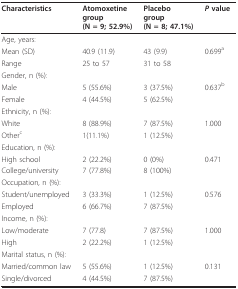
<table><thead><tr><td><b>Characteristics</b></td><td><b>Atomoxetine group (N = 9; 52.9%)</b></td><td><b>Placebo group (N = 8; 47.1%)</b></td><td><b><i>P </i>value</b></td></tr></thead><tbody><tr><td>Age, years:</td><td></td><td></td><td></td></tr><tr><td>Mean (SD)</td><td>40.9 (11.9)</td><td>43 (9.9)</td><td>0.699<sup>a</sup></td></tr><tr><td>Range</td><td>25 to 57</td><td>31 to 58</td><td></td></tr><tr><td>Gender, n (%):</td><td></td><td></td><td></td></tr><tr><td>Male</td><td>5 (55.6%)</td><td>3 (37.5%)</td><td>0.637<sup>b</sup></td></tr><tr><td>Female</td><td>4 (44.5%)</td><td>5 (62.5%)</td><td></td></tr><tr><td>Ethnicity, n (%):</td><td></td><td></td><td></td></tr><tr><td>White</td><td>8 (88.9%)</td><td>7 (87.5%)</td><td>1.000</td></tr><tr><td>Other<sup>c</sup></td><td>1(11.1%)</td><td>1 (12.5%)</td><td></td></tr><tr><td>Education, n (%):</td><td></td><td></td><td></td></tr><tr><td>High school</td><td>2 (22.2%)</td><td>0 (0%)</td><td>0.471</td></tr><tr><td>College/university</td><td>7 (77.8%)</td><td>8 (100%)</td><td></td></tr><tr><td>Occupation, n (%):</td><td></td><td></td><td></td></tr><tr><td>Student/unemployed</td><td>3 (33.3%)</td><td>1 (12.5%)</td><td>0.576</td></tr><tr><td>Employed</td><td>6 (66.7%)</td><td>7 (87.5%)</td><td></td></tr><tr><td>Income, n (%):</td><td></td><td></td><td></td></tr><tr><td>Low/moderate</td><td>7 (77.8)</td><td>7 (87.5%)</td><td>1.000</td></tr><tr><td>High</td><td>2 (22.2%)</td><td>1 (12.5%)</td><td></td></tr><tr><td>Marital status, n (%):</td><td></td><td></td><td></td></tr><tr><td>Married/common law</td><td>5 (55.6%)</td><td>1 (12.5%)</td><td>0.131</td></tr><tr><td>Single/divorced</td><td>4 (44.5%)</td><td>7 (87.5%)</td><td></td></tr></tbody></table>